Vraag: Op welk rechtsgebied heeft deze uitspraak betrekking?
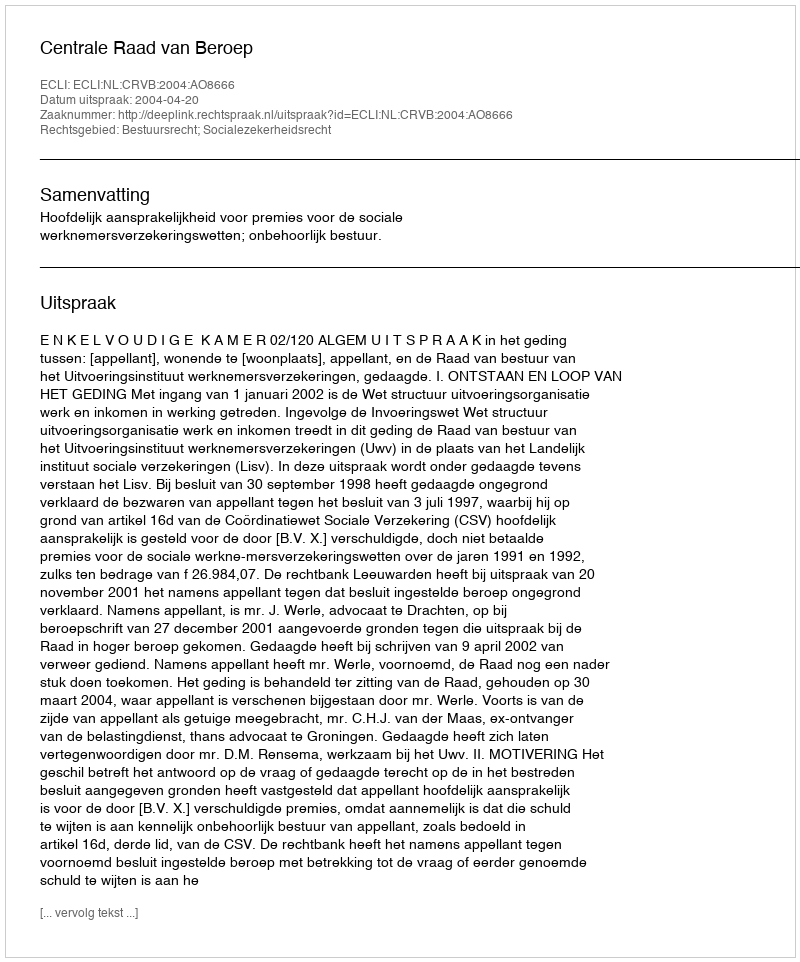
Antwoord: Bestuursrecht; Socialezekerheidsrecht